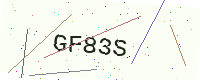
Text: GF83S